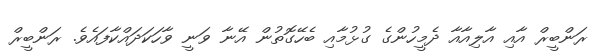
ރަންބީރް އާއި އާލިއާއާ ދެމީހުންގެ ގުޅުމާއި ބެހޭގޮތުން އޭނާ ވަނީ ވާހަކަދައްކާފައެވެ. ރަންބީރް